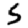
Digit: 5